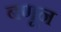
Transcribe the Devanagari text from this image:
बणून